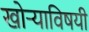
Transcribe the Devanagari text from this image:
खोर्‍याविषयी